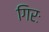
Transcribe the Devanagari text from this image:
गिरः